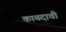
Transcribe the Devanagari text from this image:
कायदाची